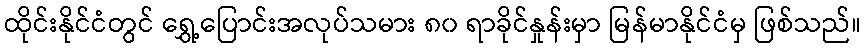
ထိုင်းနိုင်ငံတွင် ရွှေ့ပြောင်းအလုပ်သမား ၈၀ ရာခိုင်နှုန်းမှာ မြန်မာနိုင်ငံမှ ဖြစ်သည်။